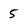
Character: 5